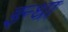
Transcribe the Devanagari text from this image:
इन्धा